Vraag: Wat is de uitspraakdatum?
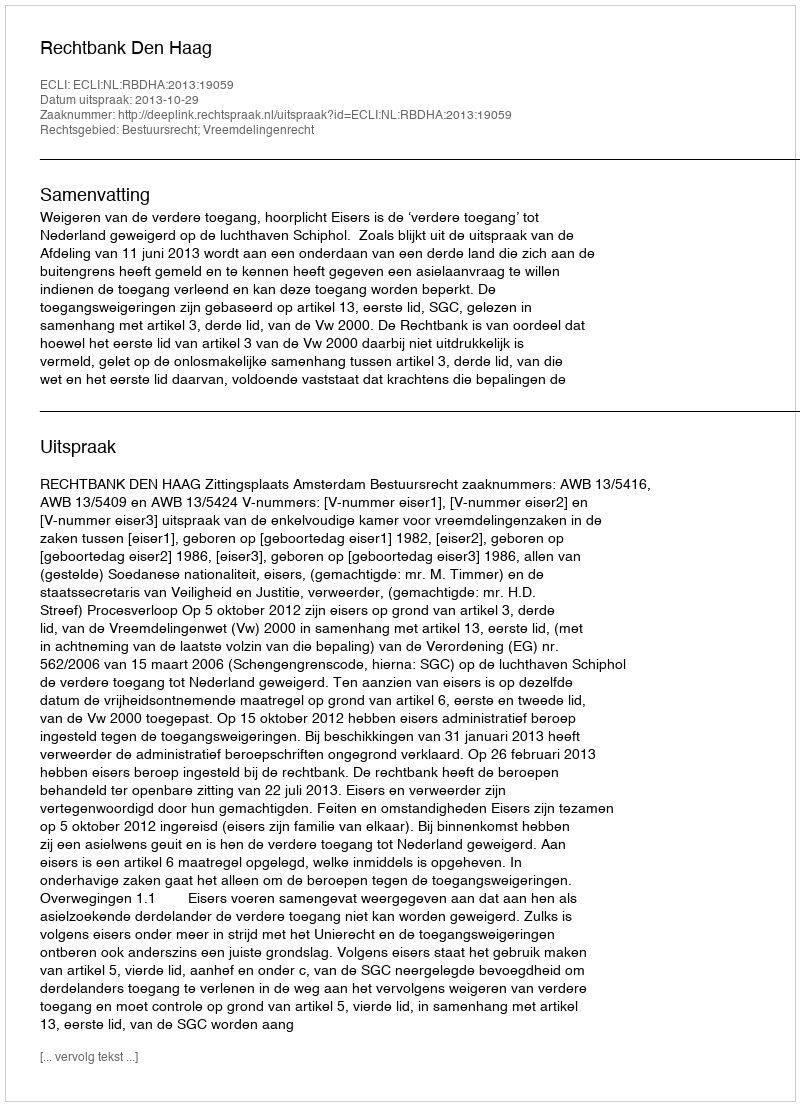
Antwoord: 2013-10-29